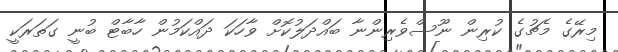
މިރޭގެ މެޗުގެ ކުރިން ނޫސްވެރިންނާ ބައްދަލުކޮށް ވާހަކަ ދައްކަމުން ހާބާޓް ބުނީ ގަތަރަކީ